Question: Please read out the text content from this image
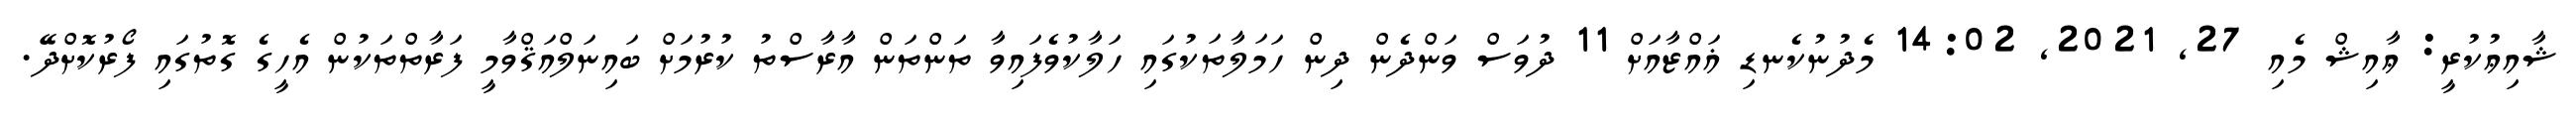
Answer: ޝާއިޢުކުރީ: ޢާއިޝް މެއި 27, 2021, 14:02 މެދުނުކެނޑި ޣައްޒާއަށް 11 ދުވަސް ވަންދެން ދިން ހަމަލާތަކުގައި ހަލާކުވެފައިވާ ތަންތަން އާރާސްތު ކުރުމަށް ބައިނަލްއަޤްވާމީ ފަރާތްތަކުން އެހީގެ ގޮތުގައި ފޯރުކޮށްދޭ.